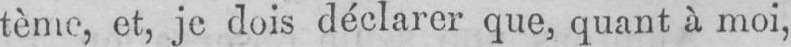
tème, et, je dois déclarer que, quant à moi,